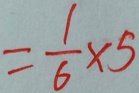
= \frac { 1 } { 6 } \times 5